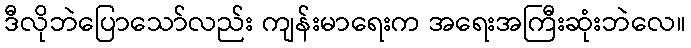
ဒီလိုဘဲပြောသော်လည်း ကျန်းမာရေးက အရေးအကြီးဆုံးဘဲလေ။